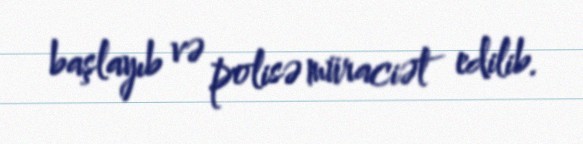
başlayıb və polisə müraciət edilib.